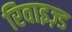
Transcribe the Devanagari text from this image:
रिवाइज़्ड